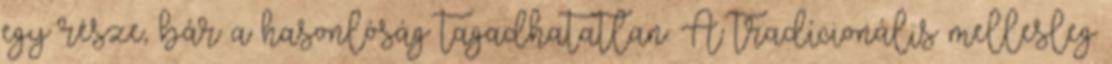
egy része, bár a hasonlóság tagadhatatlan. A tradícionális mellesleg